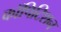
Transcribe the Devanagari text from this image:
कॉपिटिशन